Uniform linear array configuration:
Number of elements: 12
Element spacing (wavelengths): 0.25
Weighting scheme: binomial
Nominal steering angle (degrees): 0
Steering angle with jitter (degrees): -1.076
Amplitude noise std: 0.05
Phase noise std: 0.05

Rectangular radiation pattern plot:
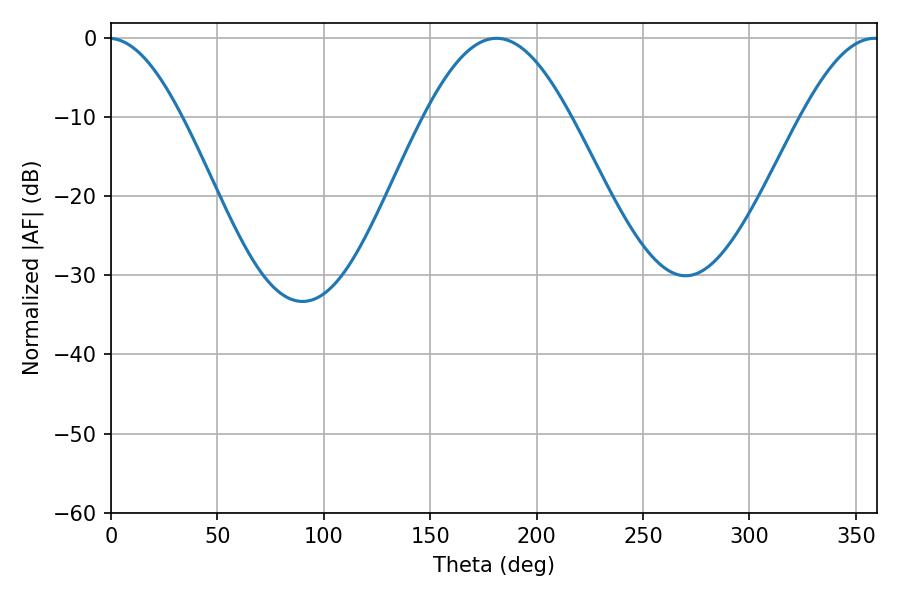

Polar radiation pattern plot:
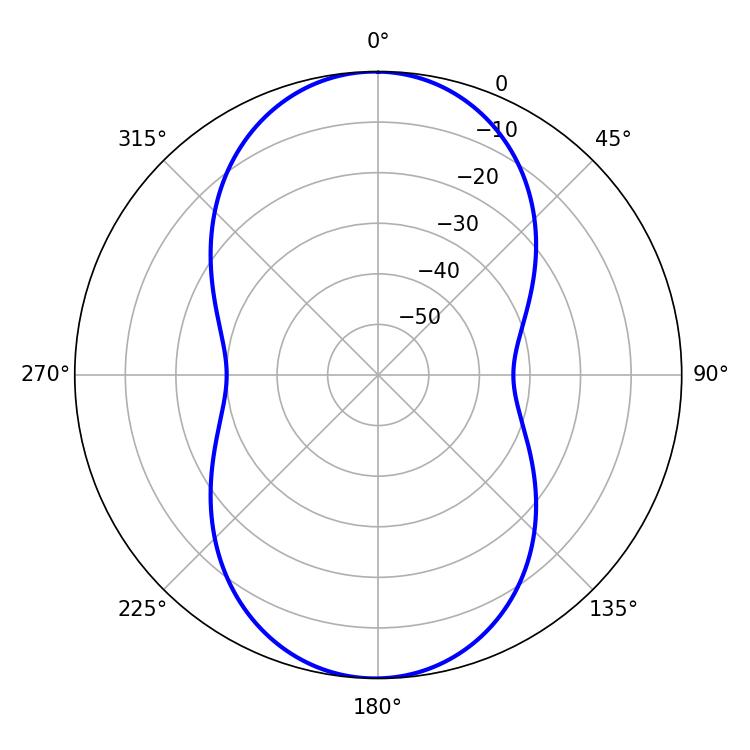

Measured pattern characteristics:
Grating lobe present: FALSE
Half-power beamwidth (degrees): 37.08
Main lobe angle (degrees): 181.08